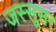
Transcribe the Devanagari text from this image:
जस्सूसर